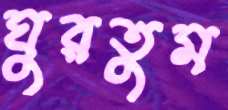
ঘুরতুম